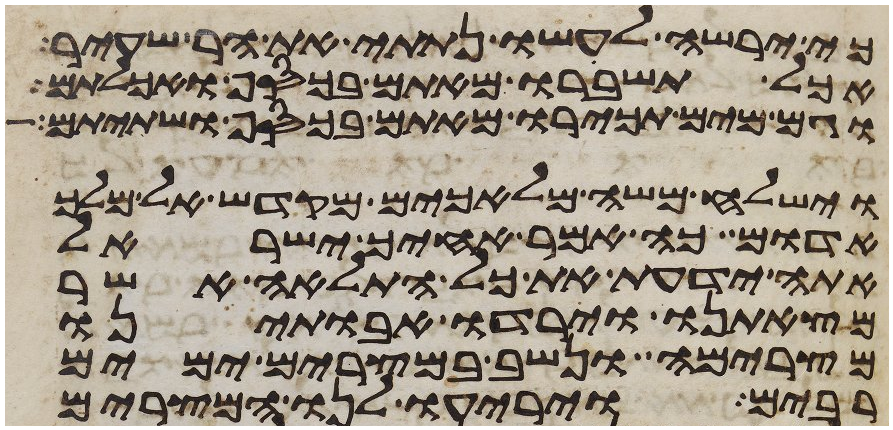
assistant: כי ירשה לעשו נתתי את הר שעיר
אכל תשברו מאתם בכסף ואכלתם
וגם מים תכירו מאתם בכסף ושתיתם
וישלח משה מלאכים מקדש אל מלך
אדום כה אמר אחיך ישראל
אתה ידעת את כל התלאה אשר
מצאתנו וירדו אבתינו
מצרימה ונשב במצרים ימים
רבים ויריעו לנו המצרים